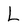
Character: L